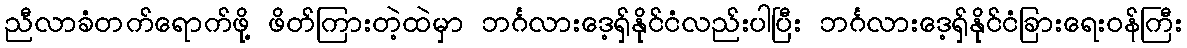
ညီလာခံတက်ရောက်ဖို့ ဖိတ်ကြားတဲ့ထဲမှာ ဘင်္ဂလားဒေ့ရှ်နိုင်ငံလည်းပါပြီး ဘင်္ဂလားဒေ့ရှ်နိုင်ငံခြားရေးဝန်ကြီး